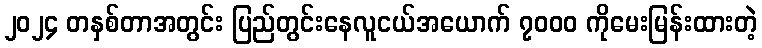
၂၀၂၄ တနှစ်တာအတွင်း ပြည်တွင်းနေလူငယ်အယောက် ၇၀၀၀ ကိုမေးမြန်းထားတဲ့